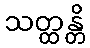
သတ္ထန္တိ